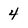
Character: 4